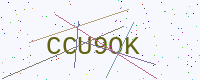
Text: CCU9OK